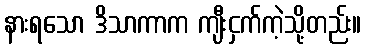
နားရသော ဒိသာကာက ကျီးငှက်ကဲ့သို့တည်း။